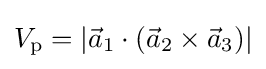
V_{\mathrm {p} }=\left|{\vec {a}}_{1}\cdot ({\vec {a}}_{2}\times {\vec {a}}_{3})\right|